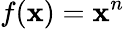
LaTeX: f(\mathbf{x})=\mathbf{x}^{n}